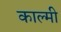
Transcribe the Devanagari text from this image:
काल्मी